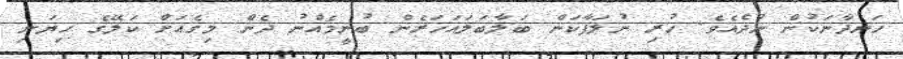
ހަނދާނަކުން ނުދެއެވެ. ހުރި ނުލަފާކަން ބަލާބަލައަހަރެންް ބުނީމެއްނު ދެން މިގެއަށް ކަލޭގެ ހިޔަނި